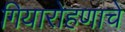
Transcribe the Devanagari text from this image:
गियारोहणाचे